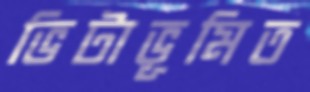
ভিটাভূমিত